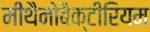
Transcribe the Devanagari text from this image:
मीथैनोबैक्टीरियम